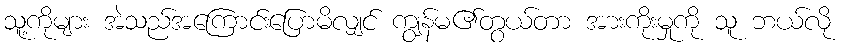
သူ့ကိုများ အဲသည်အကြောင်းပြောမိလျှင် ကျွန်မ၏တွယ်တာ အားကိုးမှုကို သူ ဘယ်လို